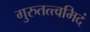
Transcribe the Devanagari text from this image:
गुरुतत्त्वमिदं